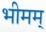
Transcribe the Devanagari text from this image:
भीमम्